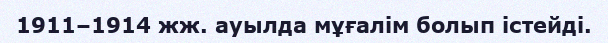
1911–1914 жж. ауылда мұғалім болып істейді.